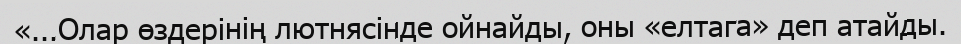
«...Олар өздерінің лютнясінде ойнайды, оны «елтага» деп атайды.